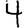
Digit: 4